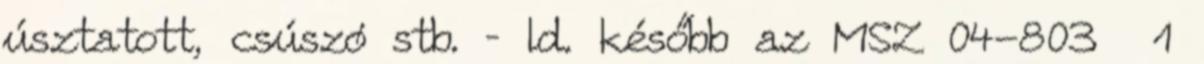
úsztatott, csúszó stb. – ld. később az MSZ 04-803 1